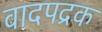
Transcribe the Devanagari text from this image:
वादपद्रक